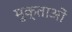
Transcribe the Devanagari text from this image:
मुक्ताओं